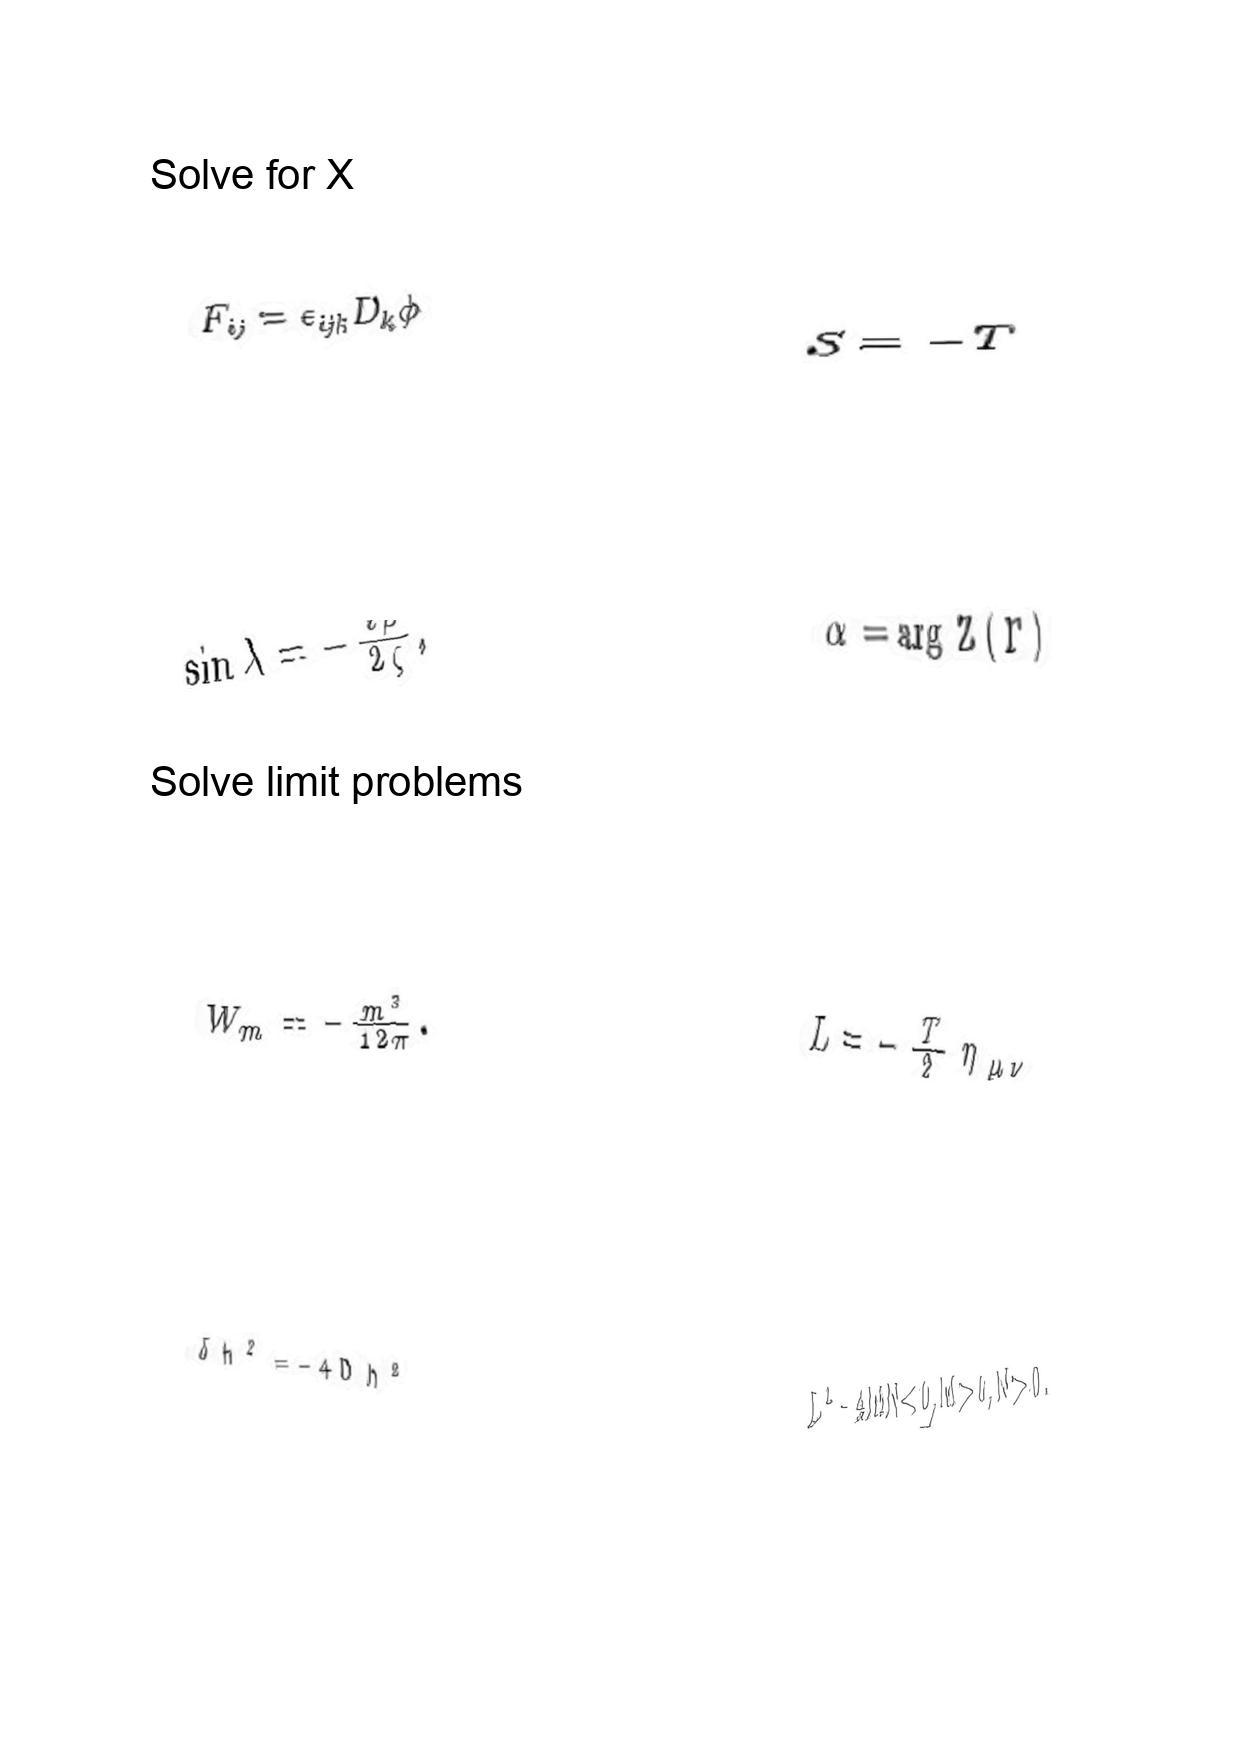
LaTeX transcription:
F _ { i j } = \epsilon _ { i j k } D _ { k } \phi
\sin \lambda = - \frac { i \rho } { 2 \zeta } ,
W _ { m } = - \frac { m ^ { 3 } } { 1 2 \pi } .
\delta h ^ { 2 } = - 4 D h ^ { 2 }
S = - T
\alpha = \arg Z \lparen \Gamma \rparen
L = - \frac { T } { 2 } \eta _ { \mu \nu }
L ^ { 2 } - 4 M N \lt 0 , M \gt 0 , N \gt 0 .